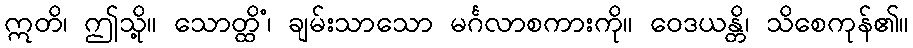
ဣတိ၊ ဤသို့။ သောတ္ထိံ၊ ချမ်းသာသော မင်္ဂလာစကားကို။ ဝေဒယန္တိ၊ သိစေကုန်၏။